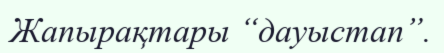
Жапырақтары “дауыстап”.